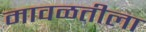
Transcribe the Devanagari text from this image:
मावळतीला